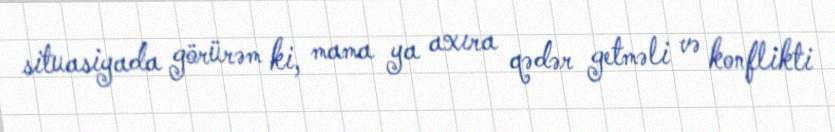
situasiyada görürəm ki, mama ya axıra qədər getməli və konflikti